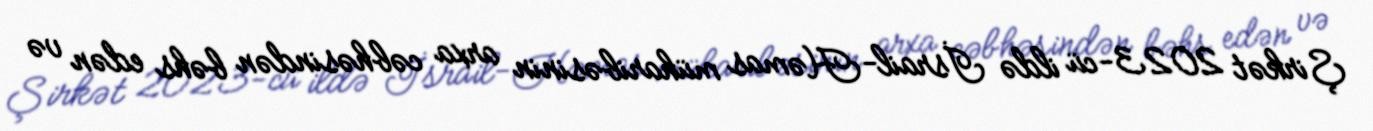
Şirkət 2023-cü ildə İsrail-Həmas müharibəsinin arxa cəbhəsindən bəhs edən və